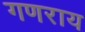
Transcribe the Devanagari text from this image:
गणराय